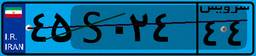
۷۹S۷۹۸۶۵